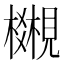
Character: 𧢎